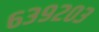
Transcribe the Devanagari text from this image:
६३९२०३